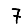
Digit: 7